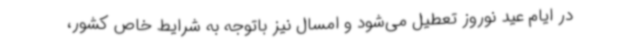
در ایام عید نوروز تعطیل می‌شود و امسال نیز باتوجه به شرایط خاص کشور،